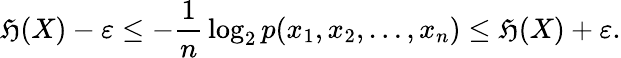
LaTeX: \mathfrak{H}(X)-\varepsilon\leq-{\frac{{1}}{{n}}}\log_{2}p(x_{1},x_{2},\ldots,x_{n})\leq\mathfrak{H}(X)+\varepsilon.